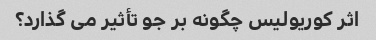
اثر کوریولیس چگونه بر جو تأثیر می گذارد؟